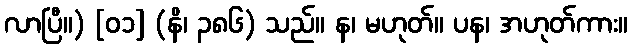
လာပြီ။) [၀၁] (နိ၊ ၃၈၆) သည်။ န၊ မဟုတ်။ ပန၊ အဟုတ်ကား။